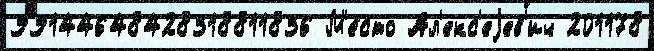
99144648428318811836 М'е́сто Ал'екс'еjев'ич 201178